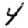
Digit: 4